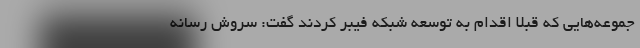
جموعه‌هایی که قبلاً اقدام به توسعه شبکه فیبر کردند گفت: سروش رسانه